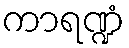
ကာရဏ္ဍံ